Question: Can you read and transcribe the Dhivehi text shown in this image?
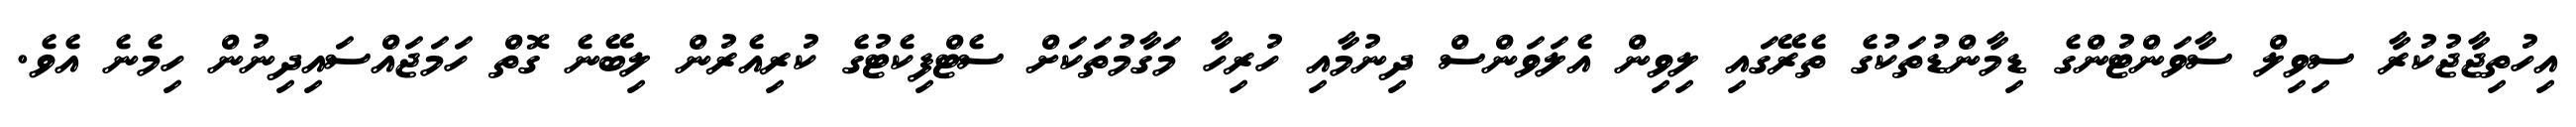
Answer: އިހުތިޖާޖުކުރާ ސިވިލް ސާވަންޓުންގެ ޑިމާންޑުތަކުގެ ތެރޭގައި ލިވިން އެލަވަންސް ދިނުމާއި ހުރިހާ މަގާމުތަކަށް ސެޓްފިކެޓުގެ ކުރިއެރުން ލިބޭނެ ގޮތް ހަމަޖައްސައިދިނުން ހިމެނެ އެވެ.